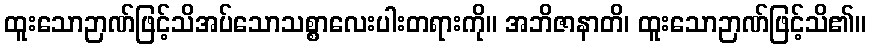
ထူးသောဉာဏ်ဖြင့်သိအပ်သောသစ္စာလေးပါးတရားကို။ အဘိဇာနာတိ၊ ထူးသောဉာဏ်ဖြင့်သိ၏။